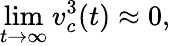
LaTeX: \operatorname*{lim}_{t\to\infty}v_{c}^{3}(t)\approx 0,